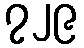
၇၂၉